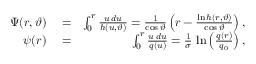
\begin{array} { r l r } { \Psi ( r , \vartheta ) } & { { } = } & { \int _ { 0 } ^ { r } \frac { u \, d u } { h ( u , \vartheta ) } = \frac { 1 } { \cos { \vartheta } } \left( r - \frac { \ln h ( r , \vartheta ) } { \cos \vartheta } \right) , } \\ { \psi ( r ) } & { { } = } & { \int _ { 0 } ^ { r } \frac { u \, d u } { q ( u ) } = \frac { 1 } { \sigma } \, \ln \left( \frac { q ( r ) } { q _ { 0 } } \right) , } \end{array}